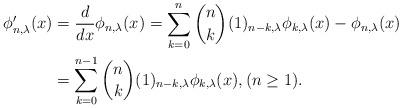
LaTeX: \begin{align*}\phi^{\prime}_{n,\lambda}(x)&=\frac{d}{dx}\phi_{n,\lambda}(x)=\sum_{k=0}^{n}\binom{n}{k}(1)_{n-k,\lambda}\phi_{k,\lambda}(x)-\phi_{n,\lambda}(x) \\&=\sum_{k=0}^{n-1}\binom{n}{k}(1)_{n-k,\lambda}\phi_{k,\lambda}(x),(n\ge 1). \end{align*}